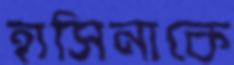
হাসিনাকে